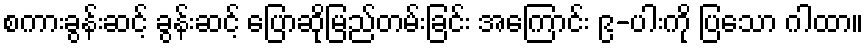
စကားခွန်းဆင့် ခွန်းဆင့် ပြောဆိုမြည်တမ်းခြင်း အကြောင်း ၉-ပါးကို ပြသော ဂါထာ။